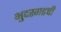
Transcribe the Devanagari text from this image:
भुदरगढची